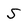
Character: 5